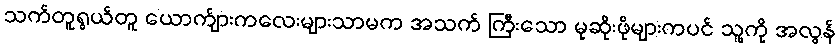
သက်တူရွယ်တူ ယောက်ျားကလေးများသာမက အသက် ကြီးသော မုဆိုးဖိုများကပင် သူ့ကို အလွန်